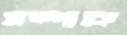
সম্পাকে